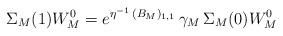
LaTeX: \begin{align*}\Sigma_{M}(1)W_M^0=e^{\eta^{-1}\,(B_M)_{1,1}}\,\gamma_M\,\Sigma_{M}(0)W_M^0\end{align*}